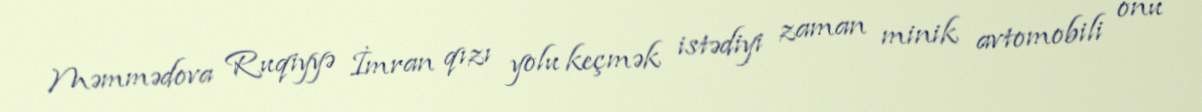
Məmmədova Ruqiyyə İmran qızı yolu keçmək istədiyi zaman minik avtomobili onu